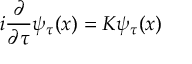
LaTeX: i \frac { \partial } { \partial \tau } \psi _ { \tau } ( x ) = K \psi _ { \tau } ( x )